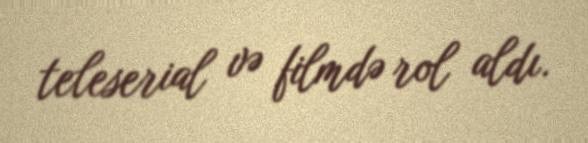
teleserial və filmdə rol aldı.